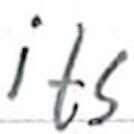
Text: its
Cross-out: clean
Writing tool: ballpoint